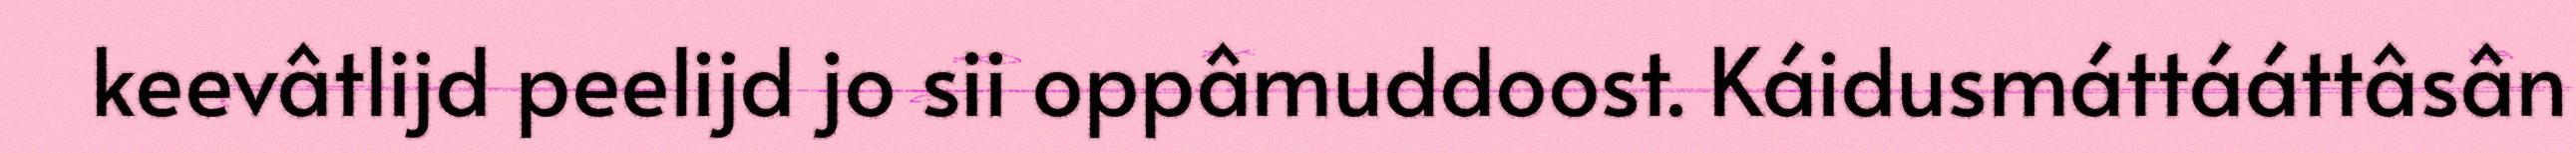
keevâtlijd peelijd jo sii oppâmuddoost. Káidusmáttááttâsân